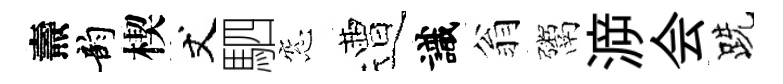
燾韵楔丈駟窓遭識翁鬻㴑会跣